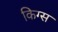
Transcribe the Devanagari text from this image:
किग्स